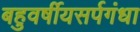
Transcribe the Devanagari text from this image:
बहुवर्षीयसर्पगंधा